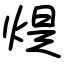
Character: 煶